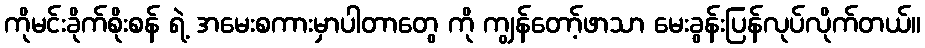
ကိုမင်းခိုက်စိုးစန် ရဲ့ အမေးစကားမှာပါတာတွေ ကို ကျွန်တော့်ဖာသာ မေးခွန်းပြန်လုပ်လိုက်တယ်။